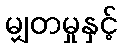
မျှတမှုနှင့်